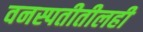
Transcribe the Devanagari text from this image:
वनस्पतीतीलही